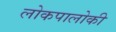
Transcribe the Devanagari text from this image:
लोकपालोकी